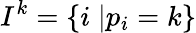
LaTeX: I^{k}=\{ i\; |p_{i}=k\}